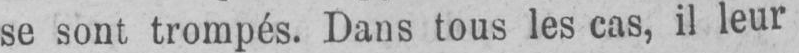
se sont trompés. Dans tous les cas, il leur